Vaccination in Bombay 1869-1873 - 1869-1873
Year: 1869
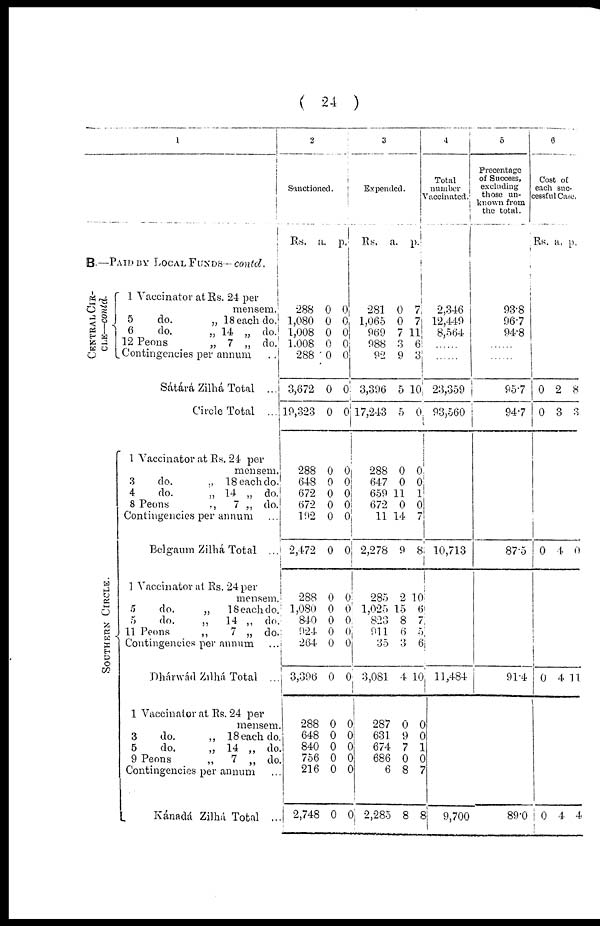
( 24 )
1
B.— PAID BY LOCAL FUNDS— contd.
CENTRAL CIR¬
CLE—contd.
SOUTHERN CIRCLE.
1 Vaccinator at Rs. 24 per
mensem.
5
do.
„ 18 each do.
6
do.
„ 14 „ do.
12 Peons
„ 7 „ do.
Contingencies per annum
..
Sátárá Zilhá Total ...
Circle Total ...
1 Vaccinator at Rs. 24 per
mensem.
3
do.
„ 18 each do.
4
do.
„ 14 „ do.
8 Peons
„ 7 „ do.
Contingencies per annum
...
Belgaum Zilhá Total ...
1 Vaccinator at Rs. 24 per
mensem.
5
do.
„
18 each do.
5
do.
„
14 „ do.
11 Peons
„
7 „ do.
Contingencies per annum
...
Dhárwád Zilhá Total ...
1 Vaccinator at Rs. 24 per
mensem.
3
do.
„ 18 each do.
5
do.
„ 14 „ do.
9 Peons
„
7 „ do.
Contingencies per annum ...
Kánadá Zilhá Total ...
2
Sanctioned.
Rs.
a. p.
288
1,080
1,008
1,008
288
3,672
19,323
288
648
672
672
192
2,472
288
1,080
840
924
264
3,396
288
648
840
756
216
2,748
0
0
0
0
0
0
0
0
0
0
0
0
0
0
0
0
0
0
0
0
0
0
0
0
0
0
0
0 0
0
0
0
0
0 0
0
0
0
0
0
0
0
0
0
0
0 0
0
0
0
3
Expended.
Rs.
a. p.
281
1,065
969
988
92
3,396
17,243
288
647
659
672
11
2,278
285
1,025
823
911
35
3,081
287
631
674
686
6
2,285
0
0
7
3
9
5
5
0
0
11
0
14
9
2
15
8
6
3
4
0
9
7
0
8
8
7
7
11
6
3
10
0
0
0 1
0
7
8
10
6
7
5
6
10
0
0
1
0
7
8
4
Total
number
Vaccinated.
2,346
12,449
8,564
......
......
23,359
93,560
10,713
11,484
9,700
5
Precentage
of Success,
excluding
those un-
known from
the total.
93.8
96.7
94.8
......
......
95.7
94.7
87.5
91.4
89.0
6
Cost of
each suc¬
cessful Case.
Rs. a. p.
0
0
2
3
8
3
0 4 0
0 4 11
0 4 4